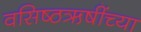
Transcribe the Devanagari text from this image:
वसिष्ठऋषींच्या